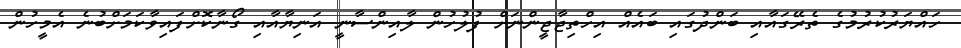
ހައްޔަރުކުރުމުގެ ތެރޭގައާއި ބަންދުގައި ބައެއް އިހްތިޖާޖީންނަށް ފުލުހުން ލާއިންސާނީ އަނިޔާއާއި ގޯނާކޮށްފައިވާކަމަށްބުނެ އެމީހުން